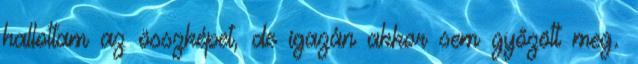
hallottam az összképet, de igazán akkor sem győzött meg.